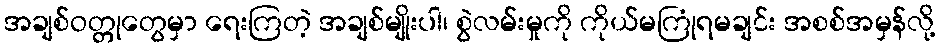
အချစ်ဝတ္တုတွေမှာ ရေးကြတဲ့ အချစ်မျိုးပါ၊ စွဲလမ်းမှုကို ကိုယ်မကြုံရမချင်း အစစ်အမှန်လို့